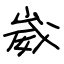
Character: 崴